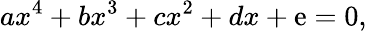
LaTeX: ax^{4}+bx^{3}+cx^{2}+dx+\mathrm{e}=0,